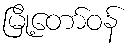
မြို့တော်ဝန်